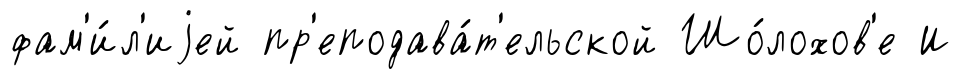
фам'и́л'иjей пр'еподава́т'ельской Шо́лохов'е И